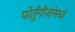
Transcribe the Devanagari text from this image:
पोर्तुगीजांमध्ये